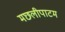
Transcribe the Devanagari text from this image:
मछलीपाटम